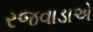
રજવાડાએ